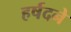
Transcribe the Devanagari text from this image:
हर्षदने